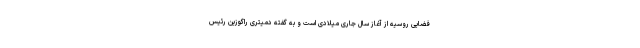
فضایی روسیه از آغاز سال جاری میلادی است و به گفته دمیتری راگوزین رئیس